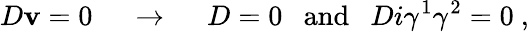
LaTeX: D\mathbf{v}=0~~~~~\rightarrow~~~~~D=0~~~\mathrm{{and}}~~~Di\gamma^{1}\gamma^{2}=0~,